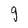
Character: g